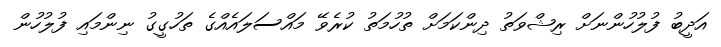
އަދީބު ފުލުހުންނަށް ރިޝްވަތު ދިންކަމަށް ތުހުމަތު ކުރެވޭ މައްސަލައެއްގެ ތަހުގީގު ނިންމައި ފުލުހުން